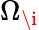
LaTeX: \Omega_{\i}